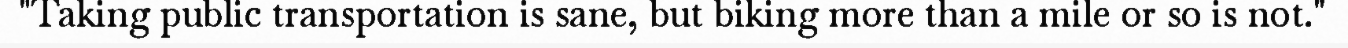
"Taking public transportation is sane, but biking more than a mile or so is not."